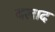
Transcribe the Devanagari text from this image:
बलाद